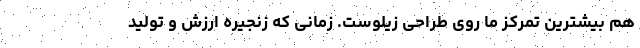
هم بیشترین تمرکز ما روی طراحی زیلوست. زمانی که زنجیره ارزش و تولید